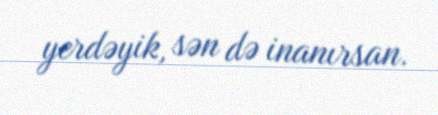
yerdəyik, sən də inanırsan.